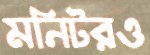
মনিটরও